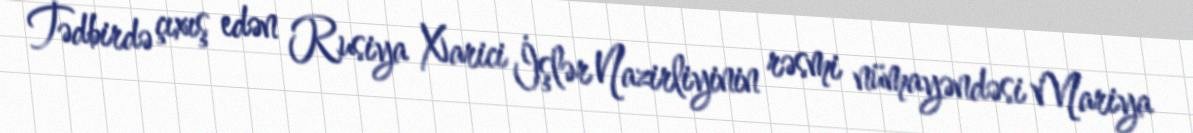
Tədbirdə çıxış edən Rusiya Xarici İşlər Nazirliyinin rəsmi nümayəndəsi Mariya